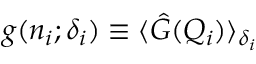
g ( n _ { i } ; \delta _ { i } ) \equiv \langle \hat { G } ( Q _ { i } ) \rangle _ { \delta _ { i } }